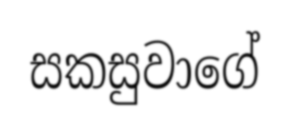
සකසුවාගේ